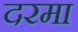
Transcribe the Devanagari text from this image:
दरमा